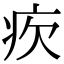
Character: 𤴼